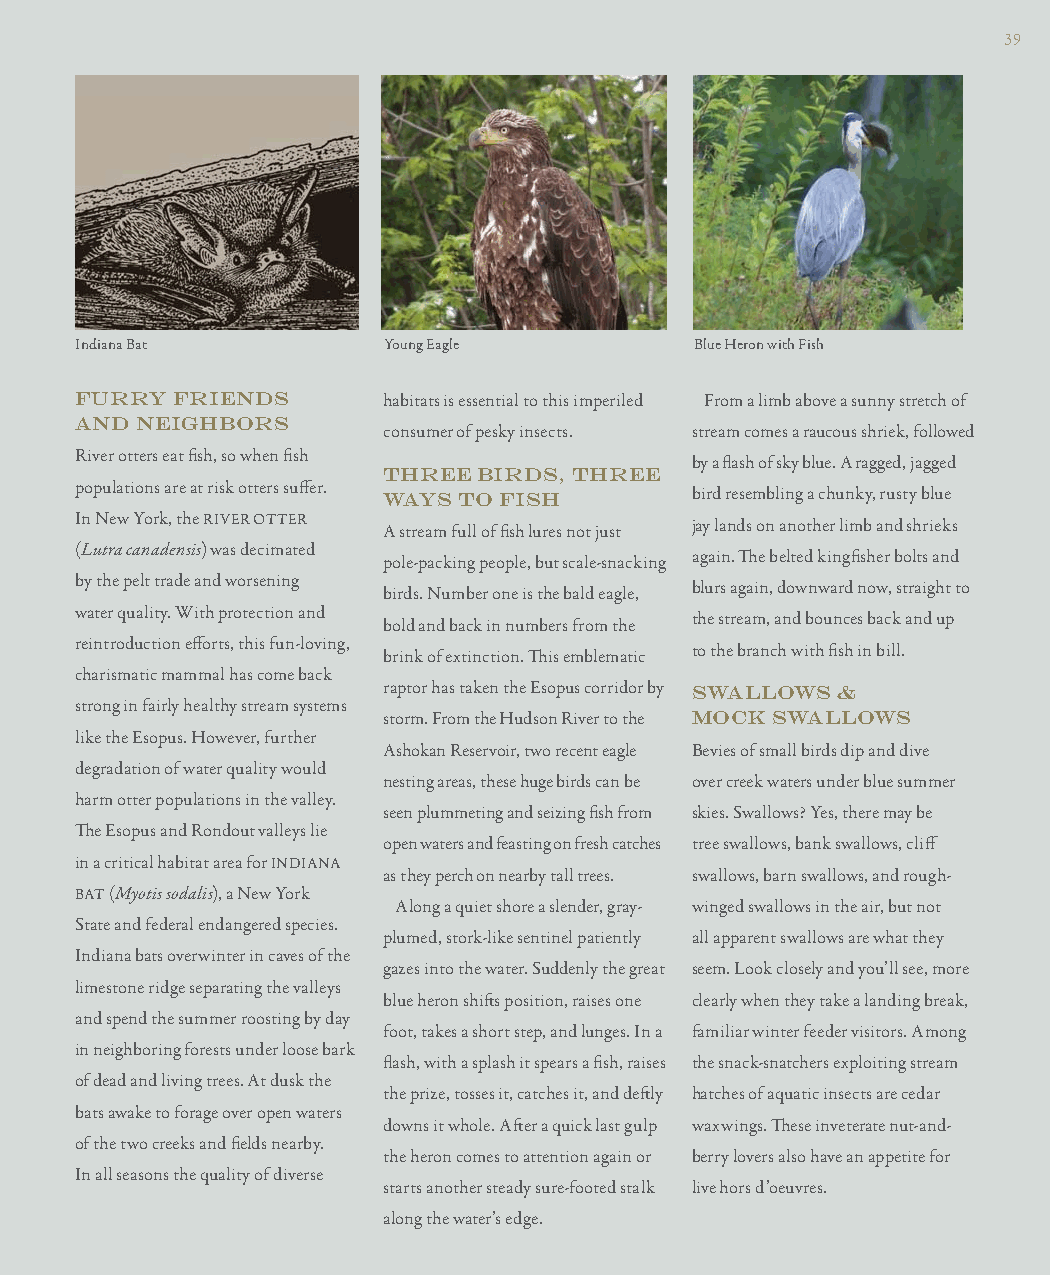
39
 Indiana Bat         Young Eagle          Blue Heron with Fish
 FURRY FRIENDS       habitats is essential to this imperiled From a limb above a sunny stretch of
 AND NEIGHBORS
 consumer of pesky insects. stream comes a raucous shriek, followed
 River otters eat fi sh, so when fi sh
 by a fl ash of sky blue. A ragged, jagged
 THREE  BIRDS, THREE
 populations are at risk otters suff er.
 WAYS TO FISH         bird resembling a chunky, rusty blue
 In New York, the RIVER OTTER A stream full of fi sh lures not just jay lands on another limb and shrieks
 (Lutra canadensis) was decimated
 pole-packing people, but scale-snacking again. Th e belted kingfi sher bolts and
 by the pelt trade and worsening
 birds. Number one is the bald eagle, blurs again, downward now, straight to
 water quality. With protection and
 bold and back in numbers from the the stream, and bounces back and up
 reintroduction eff orts, this fun-loving,
 brink of extinction. Th is emblematic to the branch with fi sh in bill.
 charismatic mammal has come back
 raptor has taken the Esopus corridor by SWALLOWS &
 strong in fairly healthy stream systems
 storm. From the Hudson River to the MOCK SWALLOWS
 like the Esopus. However, further
 Ashokan Reservoir, two recent eagle Bevies of small birds dip and dive
 degradation of water quality would
 nesting areas, these huge birds can be over creek waters under blue summer
 harm otter populations in the valley.
 seen plummeting and seizing fi sh from skies. Swallows? Yes, there may be
 Th e Esopus and Rondout valleys lie
 open waters and feasting on fresh catches tree swallows, bank swallows, cliff
 in a critical habitat area for INDIANA
 as they perch on nearby tall trees. swallows, barn swallows, and rough-
 BAT (Myotis sodalis), a New York
 Along a quiet shore a slender, gray- winged swallows in the air, but not
 State and federal endangered species.
 plumed, stork-like sentinel patiently all apparent swallows are what they
 Indiana bats overwinter in caves of the
 gazes into the water. Suddenly the great seem. Look closely and you’ll see, more
 limestone ridge separating the valleys
 blue heron shift s position, raises one clearly when they take a landing break,
 and spend the summer roosting by day
 foot, takes a short step, and lunges. In a familiar winter feeder visitors. Among
 in neighboring forests under loose bark
 fl ash, with a splash it spears a fi sh, raises the snack-snatchers exploiting stream
 of dead and living trees. At dusk the
 the prize, tosses it, catches it, and deft ly hatches of aquatic insects are cedar
 bats awake to forage over open waters
 downs it whole. Aft er a quick last gulp waxwings. Th ese inveterate nut-and-
 of the two creeks and fi elds nearby.
 the heron comes to attention again or berry lovers also have an appetite for
 In all seasons the quality of diverse
 starts another steady sure-footed stalk live hors d’oeuvres.
 along the water’s edge.